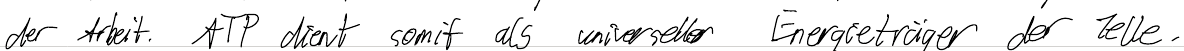
der Arbeit. ATP dient somit als universeller Energieträger der Zelle.